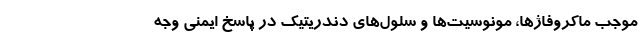
موجب ماکروفاژها، مونوسیت‌ها و سلول‌های دندریتیک در پاسخ ایمنی وجه